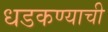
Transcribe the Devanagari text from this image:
धडकण्याची